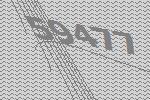
59477